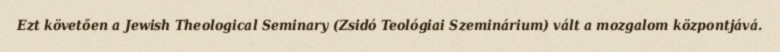
Ezt követően a Jewish Theological Seminary (Zsidó Teológiai Szeminárium) vált a mozgalom központjává.